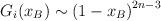
LaTeX: \begin{align*}G_i(x_B)\sim\left(1-x_B\right)^{2n-3}\end{align*}